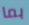
بما